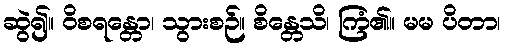
ဆွဲ၍။ ဝိစရန္တော၊ သွားစဉ်။ စိန္တေသိ၊ ကြံ၏။ မမ ပိတာ၊